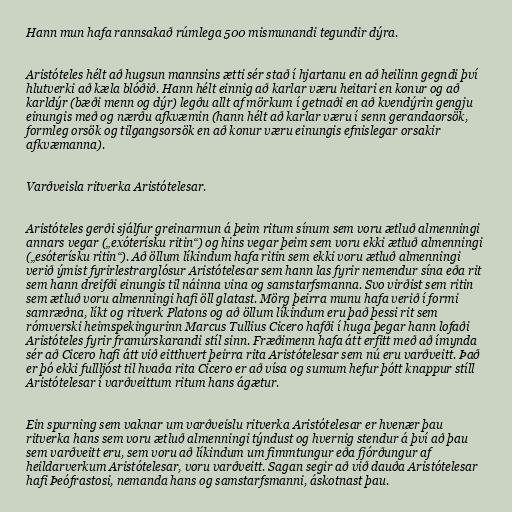
Hann mun hafa rannsakað rúmlega 500 mismunandi tegundir dýra.

Aristóteles hélt að hugsun mannsins ætti sér stað í hjartanu en að heilinn gegndi því
hlutverki að kæla blóðið. Hann hélt einnig að karlar væru heitari en konur og að
karldýr (bæði menn og dýr) legðu allt af mörkum í getnaði en að kvendýrin gengju
einungis með og nærðu afkvæmin (hann hélt að karlar væru í senn gerandaorsök,
formleg orsök og tilgangsorsök en að konur væru einungis efnislegar orsakir
afkvæmanna).

Varðveisla ritverka Aristótelesar.

Aristóteles gerði sjálfur greinarmun á þeim ritum sínum sem voru ætluð almenningi
annars vegar („exóterísku ritin“) og hins vegar þeim sem voru ekki ætluð almenningi
(„esóterísku ritin“). Að öllum líkindum hafa ritin sem ekki voru ætluð almenningi
verið ýmist fyrirlestrarglósur Aristótelesar sem hann las fyrir nemendur sína eða rit
sem hann dreifði einungis til náinna vina og samstarfsmanna. Svo virðist sem ritin
sem ætluð voru almenningi hafi öll glatast. Mörg þeirra munu hafa verið í formi
samræðna, líkt og ritverk Platons og að öllum líkindum eru það þessi rit sem
rómverski heimspekingurinn Marcus Tullius Cicero hafði í huga þegar hann lofaði
Aristóteles fyrir framúrskarandi stíl sinn. Fræðimenn hafa átt erfitt með að ímynda
sér að Cicero hafi átt við eitthvert þeirra rita Aristótelesar sem nú eru varðveitt. Það
er þó ekki fullljóst til hvaða rita Cicero er að vísa og sumum hefur þótt knappur stíll
Aristótelesar í varðveittum ritum hans ágætur.

Ein spurning sem vaknar um varðveislu ritverka Aristótelesar er hvenær þau
ritverka hans sem voru ætluð almenningi týndust og hvernig stendur á því að þau
sem varðveitt eru, sem voru að líkindum um fimmtungur eða fjórðungur af
heildarverkum Aristótelesar, voru varðveitt. Sagan segir að við dauða Aristótelesar
hafi Þeófrastosi, nemanda hans og samstarfsmanni, áskotnast þau.